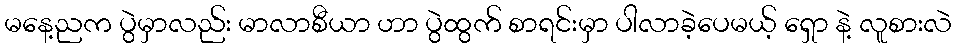
မနေ့ညက ပွဲမှာလည်း မာလာစီယာ ဟာ ပွဲထွက် စာရင်းမှာ ပါလာခဲ့ပေမယ့် ရှော နဲ့ လူစားလဲ